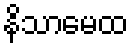
နိသာမေထ